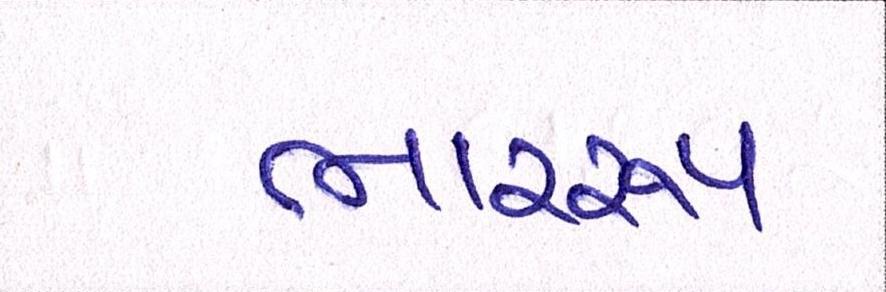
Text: ભારરૂપ